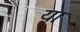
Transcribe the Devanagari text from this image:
याः